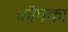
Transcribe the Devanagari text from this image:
कौफ्का